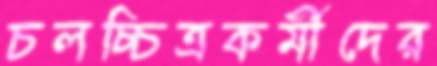
চলচ্চিত্রকর্মীদের